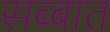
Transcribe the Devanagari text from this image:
सब्बात